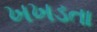
ખખડતા